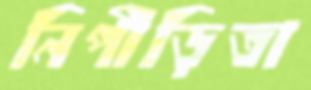
নিপীড়িতা